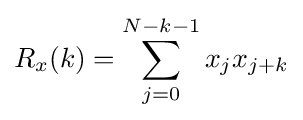
R_{x}(k)=\sum _{j=0}^{N-k-1}x_{j}x_{j+k}